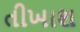
તીખાશ